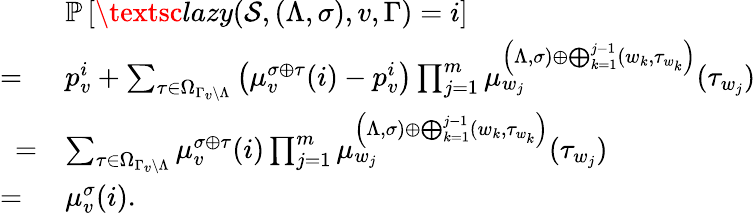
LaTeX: \begin{array}{rl}&{\mathbb P\left[\textsc{lazy}(\mathcal S,(\Lambda,\sigma),v,\Gamma)=i\right]}\\ {=\ }&{p_{v}^{i}+\sum_{\tau\in\Omega_{\Gamma_{v}\setminus\Lambda}}\left(\mu_{v}^{\sigma\oplus\tau}(i)-p_{v}^{i}\right)\prod_{j=1}^{m}\mu_{w_{j}}^{\left(\Lambda,\sigma)\oplus\bigoplus_{k=1}^{j-1}(w_{k},\tau_{w_{k}}\right)}(\tau_{w_{j}})}\\ {=}&{\sum_{\tau\in\Omega_{\Gamma_{v}\setminus\Lambda}}\mu_{v}^{\sigma\oplus\tau}(i)\prod_{j=1}^{m}\mu_{w_{j}}^{\left(\Lambda,\sigma)\oplus\bigoplus_{k=1}^{j-1}(w_{k},\tau_{w_{k}}\right)}(\tau_{w_{j}})}\\ {=\ }&{\mu_{v}^{\sigma}(i).}\end{array}